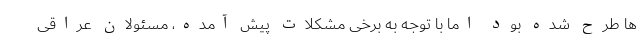
ها طرح شده بود اما با توجه به برخی مشکلات پیش آمده، مسئولان عراقی